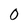
Character: 0